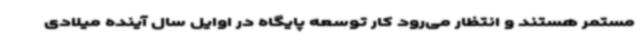
مستمر هستند و انتظار می‌رود کار توسعه پایگاه در اوایل سال آینده میلادی